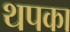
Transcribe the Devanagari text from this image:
थपका